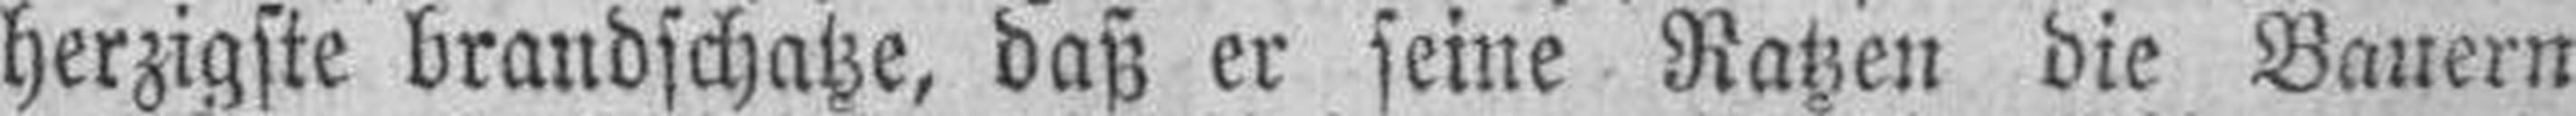
herzigste brandschatze, daß er seine Ratzen die Bauern